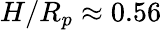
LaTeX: H/R_{p}\approx 0.56